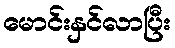
မောင်းနှင်လာပြီး